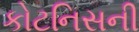
કોટનિસની